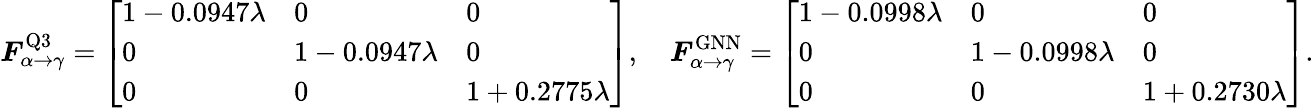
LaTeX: \boldsymbol{F}_{\alpha\rightarrow\gamma}^{\mathrm{Q3}}=\left[\begin{array}{lll}{1-0.0947\lambda}&{0}&{0}\\ {0}&{1-0.0947\lambda}&{0}\\ {0}&{0}&{1+0.2775\lambda}\end{array}\right],\quad\boldsymbol{F}_{\alpha\rightarrow\gamma}^{\mathrm{GNN}}=\left[\begin{array}{lll}{1-0.0998\lambda}&{0}&{0}\\ {0}&{1-0.0998\lambda}&{0}\\ {0}&{0}&{1+0.2730\lambda}\end{array}\right].